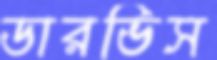
ডারভিস